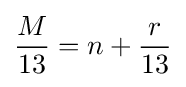
{\frac {M}{13}}=n+{\frac {r}{13}}